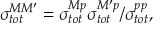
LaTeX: \sigma _ { t o t } ^ { M M ^ { \prime } } = \sigma _ { t o t } ^ { M p } \sigma _ { t o t } ^ { M ^ { \prime } p } / \sigma _ { t o t } ^ { p p } ,